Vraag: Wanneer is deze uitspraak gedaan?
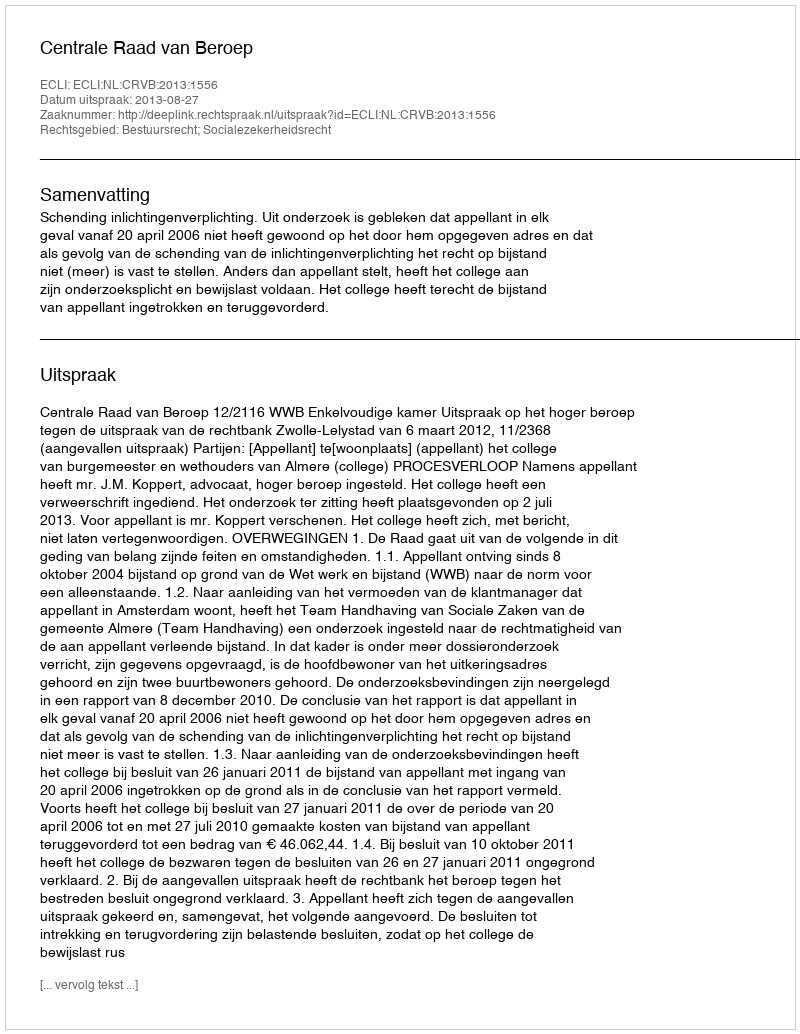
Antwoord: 2013-08-27